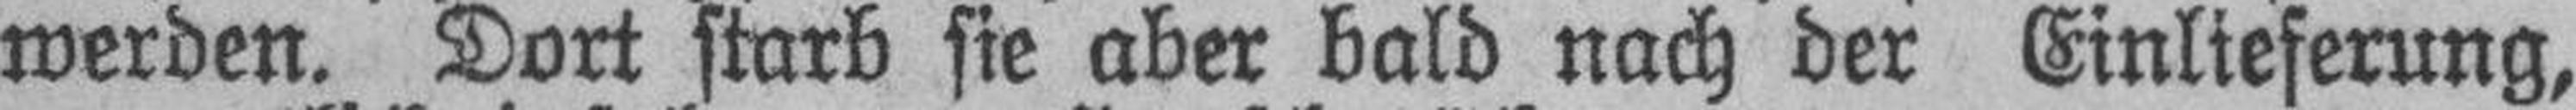
werden. Dort starb sie aber bald nach der Einlieferung,